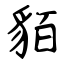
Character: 貊